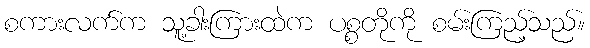
စကားလက်က သူ့ခါးကြားထဲက ပစ္စတိုကို စမ်းကြည့်သည်။